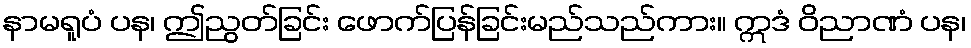
နာမရူပံ ပန၊ ဤညွတ်ခြင်း ဖောက်ပြန်ခြင်းမည်သည်ကား။ ဣဒံ ဝိညာဏံ ပန၊